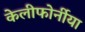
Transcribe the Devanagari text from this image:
केलीफोर्नीया